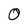
Character: 0